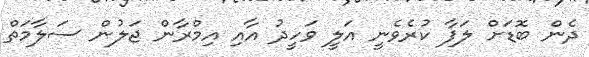
ދެން ބޮޑަށް ލަފާ ކުރެވެނީ އަލީ ވަހީދު އާއި އިމްރާން ޖަލުން ސަލާމަތް